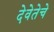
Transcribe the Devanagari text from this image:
देवेतेचे